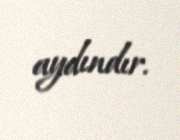
aydındır.